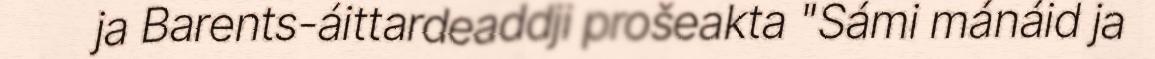
ja Barents-áittardeaddji prošeakta "Sámi mánáid ja